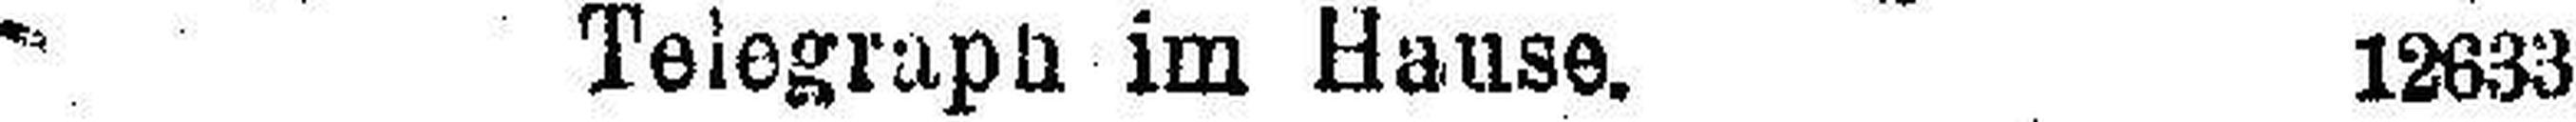
Telegraph im Hause.